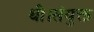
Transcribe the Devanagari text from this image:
थी।संयुक्त